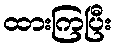
ထားကြပြီး